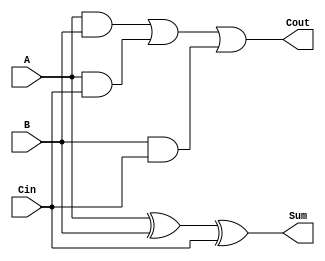
module FA(input wire A,B,Cin,
          output wire Sum,Cout);

    assign Sum = A^B^Cin;
    assign Cout = A&B | A&Cin | B&Cin;

endmodule